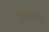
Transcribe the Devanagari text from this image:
खुडण्याचे